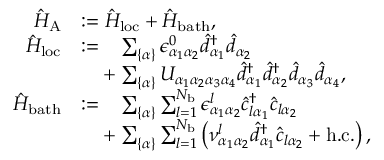
\begin{array} { r l } { \hat { H } _ { \mathrm { A } } } & { : = \hat { H } _ { \mathrm { l o c } } + \hat { H } _ { \mathrm { b a t h } } , } \\ { \hat { H } _ { \mathrm { l o c } } } & { : = \phantom { + } \sum _ { \{ \alpha \} } \epsilon _ { \alpha _ { 1 } \alpha _ { 2 } } ^ { 0 } \hat { d } _ { \alpha _ { 1 } } ^ { \dagger } \hat { d } _ { \alpha _ { 2 } } } \\ & { \phantom { : = } + \sum _ { \{ \alpha \} } U _ { \alpha _ { 1 } \alpha _ { 2 } \alpha _ { 3 } \alpha _ { 4 } } \hat { d } _ { \alpha _ { 1 } } ^ { \dagger } \hat { d } _ { \alpha _ { 2 } } ^ { \dagger } \hat { d } _ { \alpha _ { 3 } } \hat { d } _ { \alpha _ { 4 } } , } \\ { \hat { H } _ { \mathrm { b a t h } } } & { : = \phantom { + } \sum _ { \{ \alpha \} } \sum _ { l = 1 } ^ { N _ { \mathrm { b } } } \epsilon _ { \alpha _ { 1 } \alpha _ { 2 } } ^ { l } \hat { c } _ { l \alpha _ { 1 } } ^ { \dagger } \hat { c } _ { l \alpha _ { 2 } } } \\ & { \phantom { : = } + \sum _ { \{ \alpha \} } \sum _ { l = 1 } ^ { N _ { \mathrm { b } } } \left( \nu _ { \alpha _ { 1 } \alpha _ { 2 } } ^ { l } \hat { d } _ { \alpha _ { 1 } } ^ { \dagger } \hat { c } _ { l \alpha _ { 2 } } + \mathrm { h . c . } \right) , } \end{array}